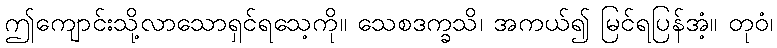
ဤကျောင်းသို့လာသောရှင်ရသေ့ကို။ သေစဒက္ခသိ၊ အကယ်၍ မြင်ရပြန်အံ့။ တုဝံ၊